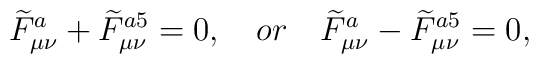
\widetilde{F}_{\mu\nu}^{a}+\widetilde{F}_{\mu\nu}^{a5}=0,\quad or\quad\widetilde{F}_{\mu\nu}^{a}-\widetilde{F}_{\mu\nu}^{a5}=0,